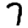
Digit: 7